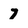
Character: 7